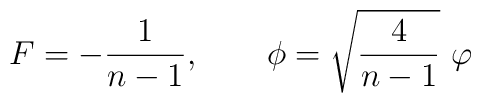
F=-\frac 1{n-1},\qquad \phi =\sqrt{\frac 4{n-1}}\ \varphi